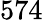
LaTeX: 574